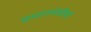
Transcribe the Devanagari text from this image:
प्रधानमंत्रीयों